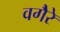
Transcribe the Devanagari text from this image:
वगैेरे